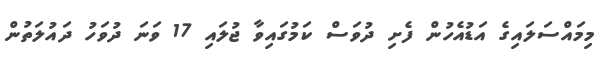
މިމައްސަލައިގެ އަޑުއެހުން ފެށި ދުވަސް ކަމުގައިވާ ޖުލައި 17 ވަނަ ދުވަހު ދައުލަތުން